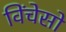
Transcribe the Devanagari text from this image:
विंचेसो